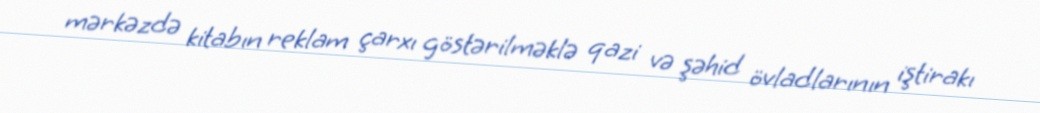
mərkəzdə kitabın reklam çarxı göstərilməklə qazi və şəhid övladlarının iştirakı